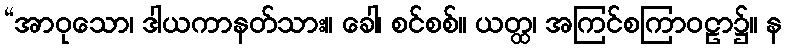
“အာဝုသော၊ ဒါယကာနတ်သား။ ခေါ၊ စင်စစ်။ ယတ္ထ၊ အကြင်စကြာဝဠာ၌။ န